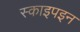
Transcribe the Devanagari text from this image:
स्काइपइन